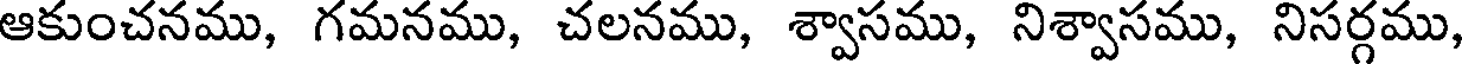
ఆకుంచనము, గమనము, చలనము, శ్వాసము, నిశ్వాసము, నిసర్గము,